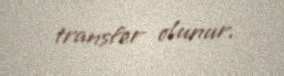
transfer olunur.